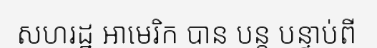
សហរដ្ឋ អាមេរិក បាន បន្ត បន្ទាប់ពី